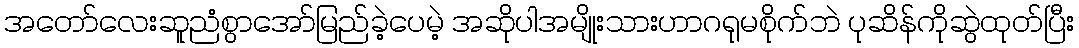
အတော်လေးဆူညံစွာအော်မြည်ခဲ့ပေမဲ့ အဆိုပါအမျိုးသားဟာဂရုမစိုက်ဘဲ ပုဆိန်ကိုဆွဲထုတ်ပြီး